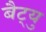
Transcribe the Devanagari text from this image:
बैट्यु